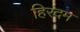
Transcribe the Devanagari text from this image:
हिरंदम